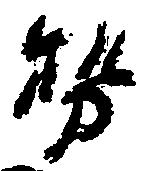
勢